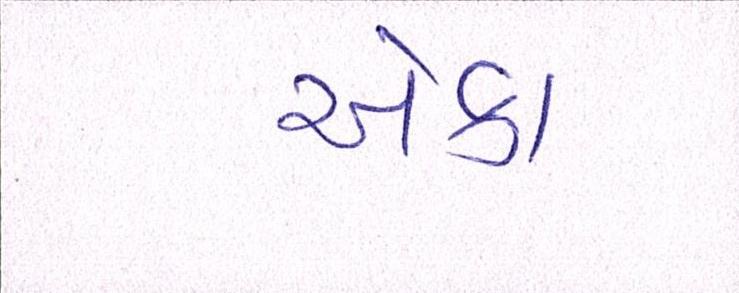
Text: એકા